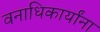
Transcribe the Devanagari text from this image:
वनाधिकार्यांना